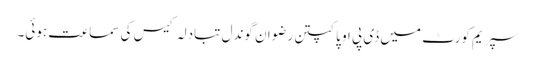
سپریم کورٹ میں ڈی پی او پاکپتن رضوان گوندل تبادلہ کیس کی سماعت ہوئی۔